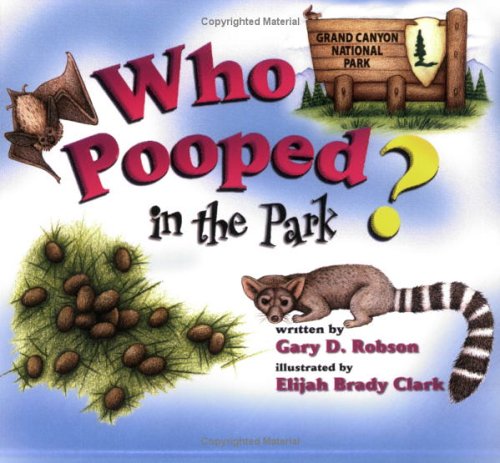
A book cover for Who Pooped in the Park? Grand Canyon National Park: Scat and Tracks for Kids; Gary D. Robson; Children's Books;